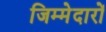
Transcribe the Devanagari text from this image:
जिम्मेदारों